Leaving Certificate Examination, 1925
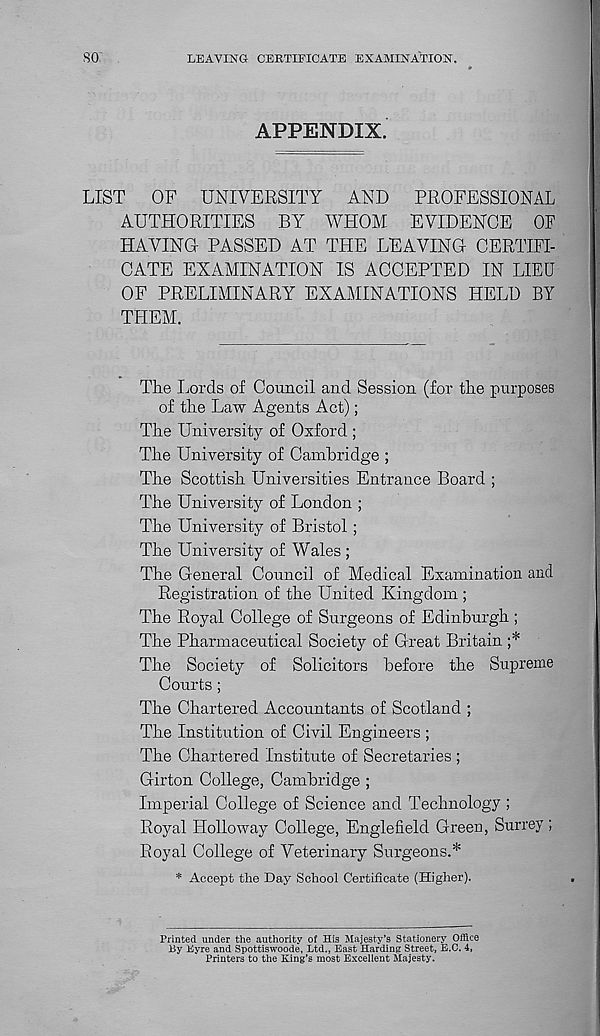
SO
LEAVING CEKTIEICATE EXAMINATION.
APPENDIX.
LIST
OF UNIVERSITY
AND
PROFESSIONAL
AUTHORITIES BY WHOM EVIDENCE OF
HAVING PASSED AT THE LEAVING CERTIFI-
CATE EXAMINATION IS ACCEPTED IN LIEU
OF PRELIMINARY EXAMINATIONS HELD BY
THEM.
The Lords of Council and Session (for the purposes
of the Law Agents Act);
The University of Oxford ;
The University of Cambridge ;
The Scottish Universities Entrance Board ;
The University of London ;
The University of Bristol;
The University of Wales ;
The General Council of Medical Examination and
Registration of the United Kingdom ;
The Royal College of Surgeons of Edinburgh ;
The Pharmaceutical Society of Great Britain ;*
The Society of Solicitors before the Supreme
Courts ;
The Chartered Accountants of Scotland ;
The Institution of Civil Engineers ;
The Chartered Institute of Secretaries ;
Girton College, Cambridge ;
Imperial College of Science and Technology ;
Royal Holloway College, Engle field Green, Surrey ;
Royal College of Veterinary Surgeons.*
* Accept the Day School Certificate (Higher).
Printed under the authority of His Majesty’s Stationery Office
By Eyre and Spottiswoode, Ltd., East Harding Street, E.C. 4,
Printers to the King’s most Excellent Majesty.